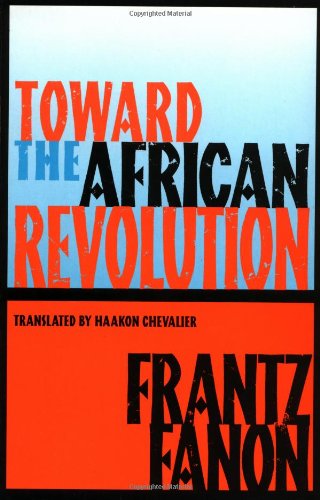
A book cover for Toward the African Revolution (Fanon, Frantz); Frantz Fanon; History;